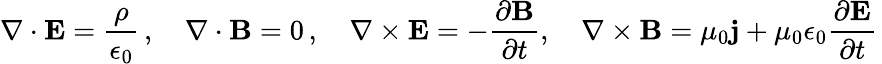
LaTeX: \nabla\cdot\mathbf{E}=\frac{\rho}{\epsilon_{0}}\, ,\quad\nabla\cdot\mathbf{B}=0\, ,\quad\nabla\times\mathbf{E}=-\frac{\partial\mathbf{B}}{\partial t},\quad\nabla\times\mathbf{B}=\mu_{0}\mathbf{j}+\mu_{0}\epsilon_{0}\frac{\partial\mathbf{E}}{\partial t}\,